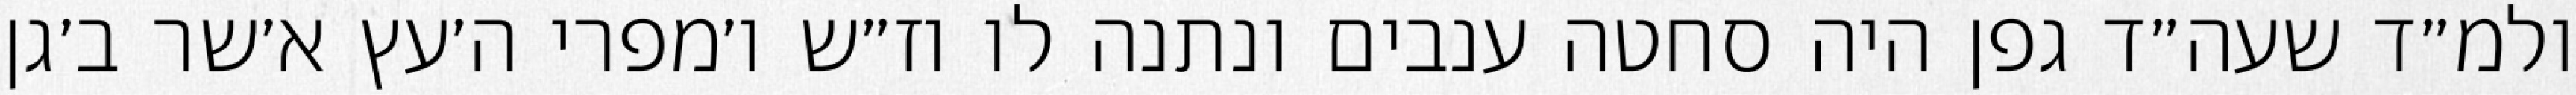
ולמ״ד שעה״ד גפן היה סחטה ענבים ונתנה לו וז״ש ו׳מפרי ה׳עץ א׳שר ב׳גן